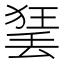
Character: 𱍣